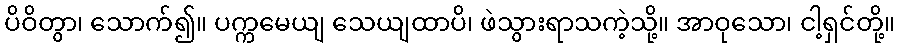
ပိဝိတွာ၊ သောက်၍။ ပက္ကမေယျ သေယျထာပိ၊ ဖဲသွားရာသကဲ့သို့။ အာဝုသော၊ ငါ့ရှင်တို့။